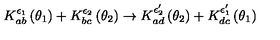
K _ { a b } ^ { \epsilon _ { 1 } } \left( \theta _ { 1 } \right) + K _ { b c } ^ { \epsilon _ { 2 } } \left( \theta _ { 2 } \right) \rightarrow K _ { a d } ^ { \epsilon _ { 2 } ^ { \prime } } \left( \theta _ { 2 } \right) + K _ { d c } ^ { \epsilon _ { 1 } ^ { \prime } } \left( \theta _ { 1 } \right)